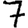
Digit: 7